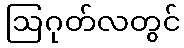
ဩဂုတ်လတွင်